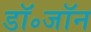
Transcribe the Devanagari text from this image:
डॉ॰जॉन